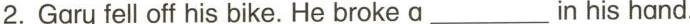
2.Gary fell off his bike. He broke a___ in his hand.